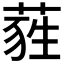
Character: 𦷃